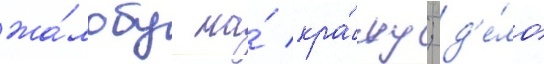
жа́лобу на́ кра́жу; д'е́ло